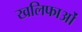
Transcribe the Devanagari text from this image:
खलिफाओं